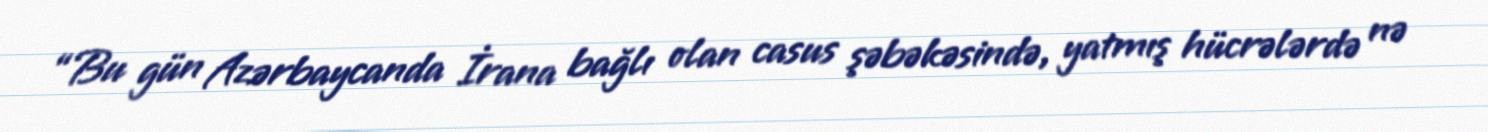
“Bu gün Azərbaycanda İrana bağlı olan casus şəbəkəsində, yatmış hücrələrdə nə